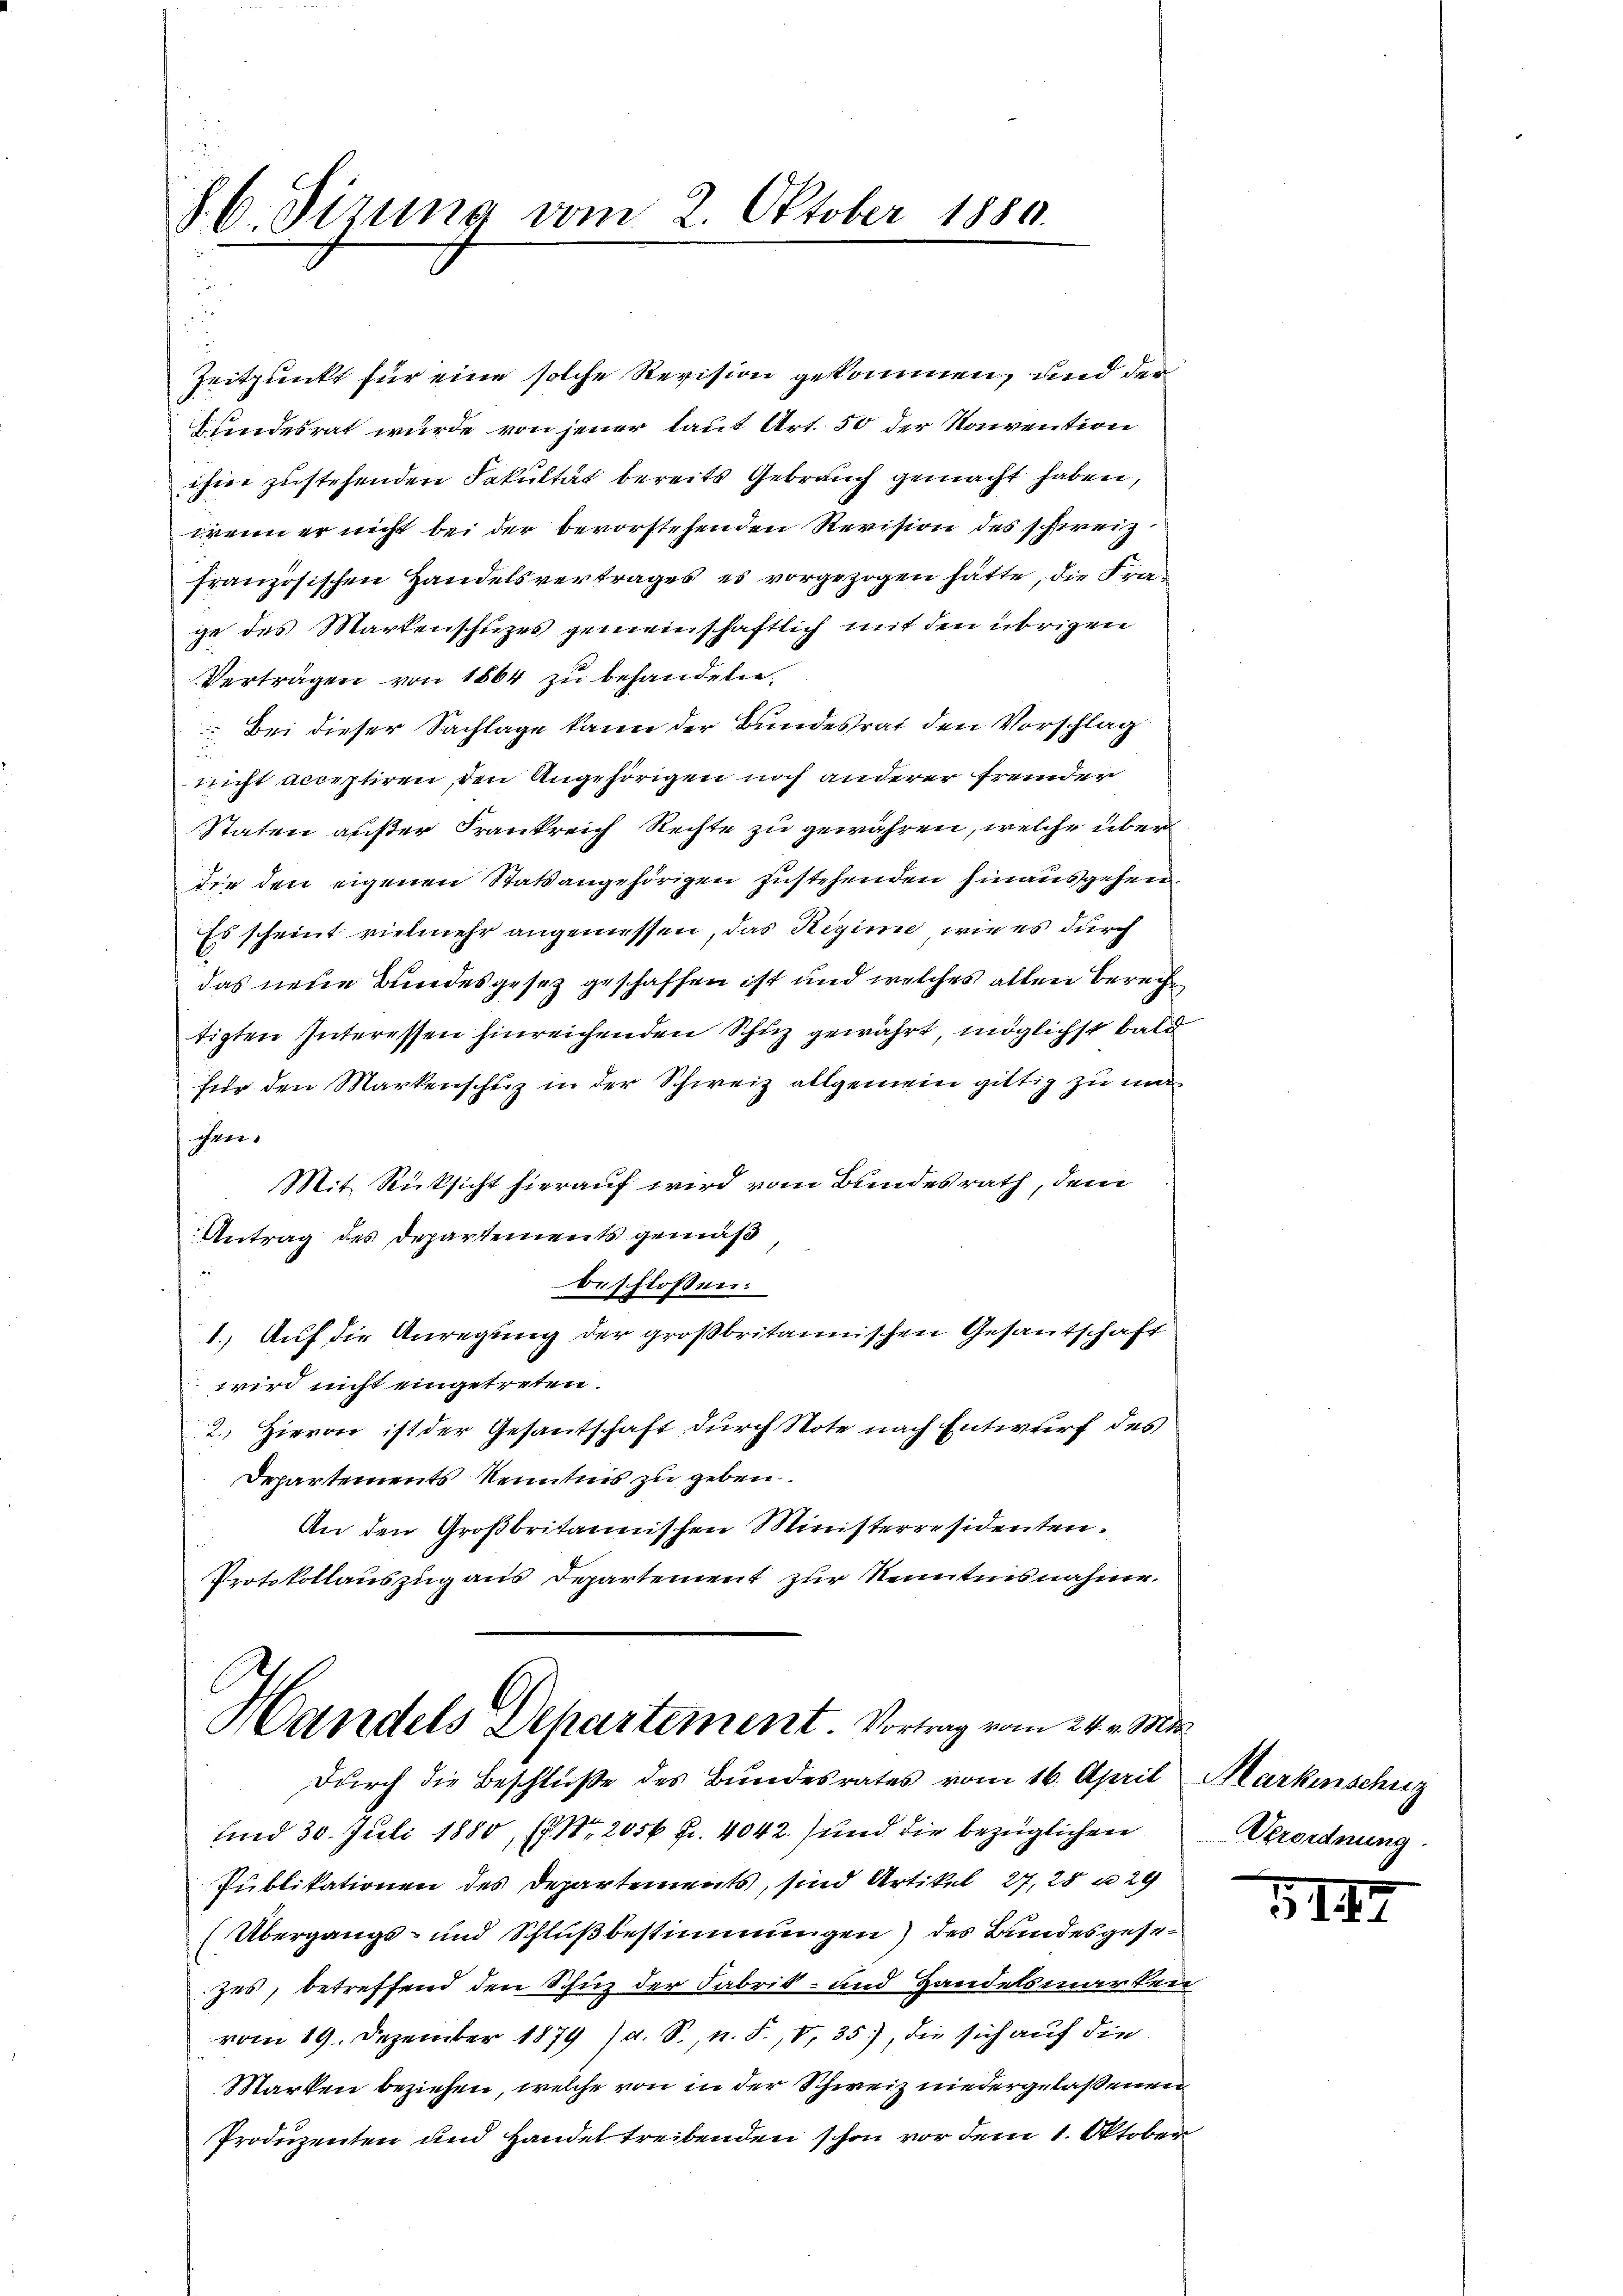
S. C. Sizung vom 2. Oktober 1880.
u

Zeitpunkt für eine solche Revision gekommen, und der
kundesrat wurde von jener laut Art. 50 der Konvention
ihrer zustehenden Fakultät bereits Gebrauch gemacht haben,
wenn er nicht bei der bevorstehenden Revision des schweiz
französischen Handelsvertrages es vorgezogen hätte, die Frage des Markenschuzes gemeinschaftlich mit den übrigen
Vertragen von 1864 zu behandeln.
Bei dieser Sachlage kann der Bundesrat den Vorschlag
nicht acceptiren, den Angehörigen noch anderer fremder
Staten außer Frankreich Rechte zu gewähren, welche überdie den eigenen Statsangehörigen zustehenden hinausgehen.
Es scheint vielmehr angemessen, das Regime, wie es durch
das neue Bundesgesez geschaffen ist und welches allen Berecht
tigten Interessen hinreichenden Schuz gewährt, möglichst bald
für den Markenschuz in der Schweiz allgemein gittig zu ma
ihen.
Mit Rücksicht hierauf wird vom Bundesrath, dem
Antrag des Departements gemäß
beschlossen:
1. Auf die Anregung der großbritannischen Gesantschaft
wird nicht eingetreten.
2. Hievon ist der Gesantschaft durch Note nach Entwurf des
Departements Kenntnis zu geben.
An den Großbritannischen Ministerresidenten.
Protokollauszug aus Departement zur Kenntnisnahme.

Handels Departement. Vortrag vom 24. Mis
durch die Beschluße des Bundesrates vom 16. April Markenschutz

und 30. Juli 1880, P. Nr. 2056 Fr. 4042) und die bezüglichen
Publikationen des Departements, sind Artikel 27, 28 u. 29
(Übergangs- und Schlußbestimmungen) des Bundesgesezes, betreffend den Schin der Fabrik- und Handelsmarken
vom 19. Dezember 1879 /d. S., n. F. V, 35), die sich auf die
Marken beziehen, welche von in der Schweiz niedergelassenen
Produzenten und Handel treibenden schon vor dem 1. Oktober

Verordnung.

3147